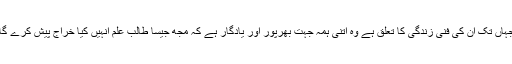
جہاں تک ان کی فنی زندگی کا تعلق ہے وہ اتنی ہمہ جہت بھرپور اور یادگار ہے کہ مُجھ جیسا طالب علم انہیں کیا خراج پیش کرے گا۔